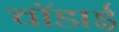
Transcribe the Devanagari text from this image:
चॉडाई